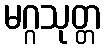
မဂ္ဂသုတ္တ